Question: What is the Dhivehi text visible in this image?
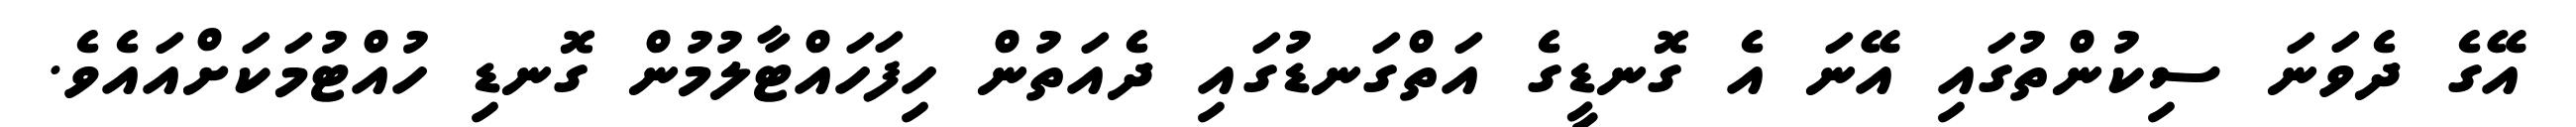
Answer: އޭގެ ދެވަނަ ސިކުންތުގައި އޭނަ އެ ގޮނޑީގެ އަތްގަނޑުގައި ދެއަތުން ހިފަހައްޓާލުމުން ގޮނޑި ހުއްޓުމަކަށްއައެވެ.